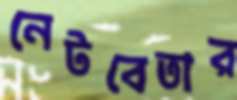
নেটবেতার